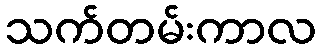
သက်တမ်းကာလ